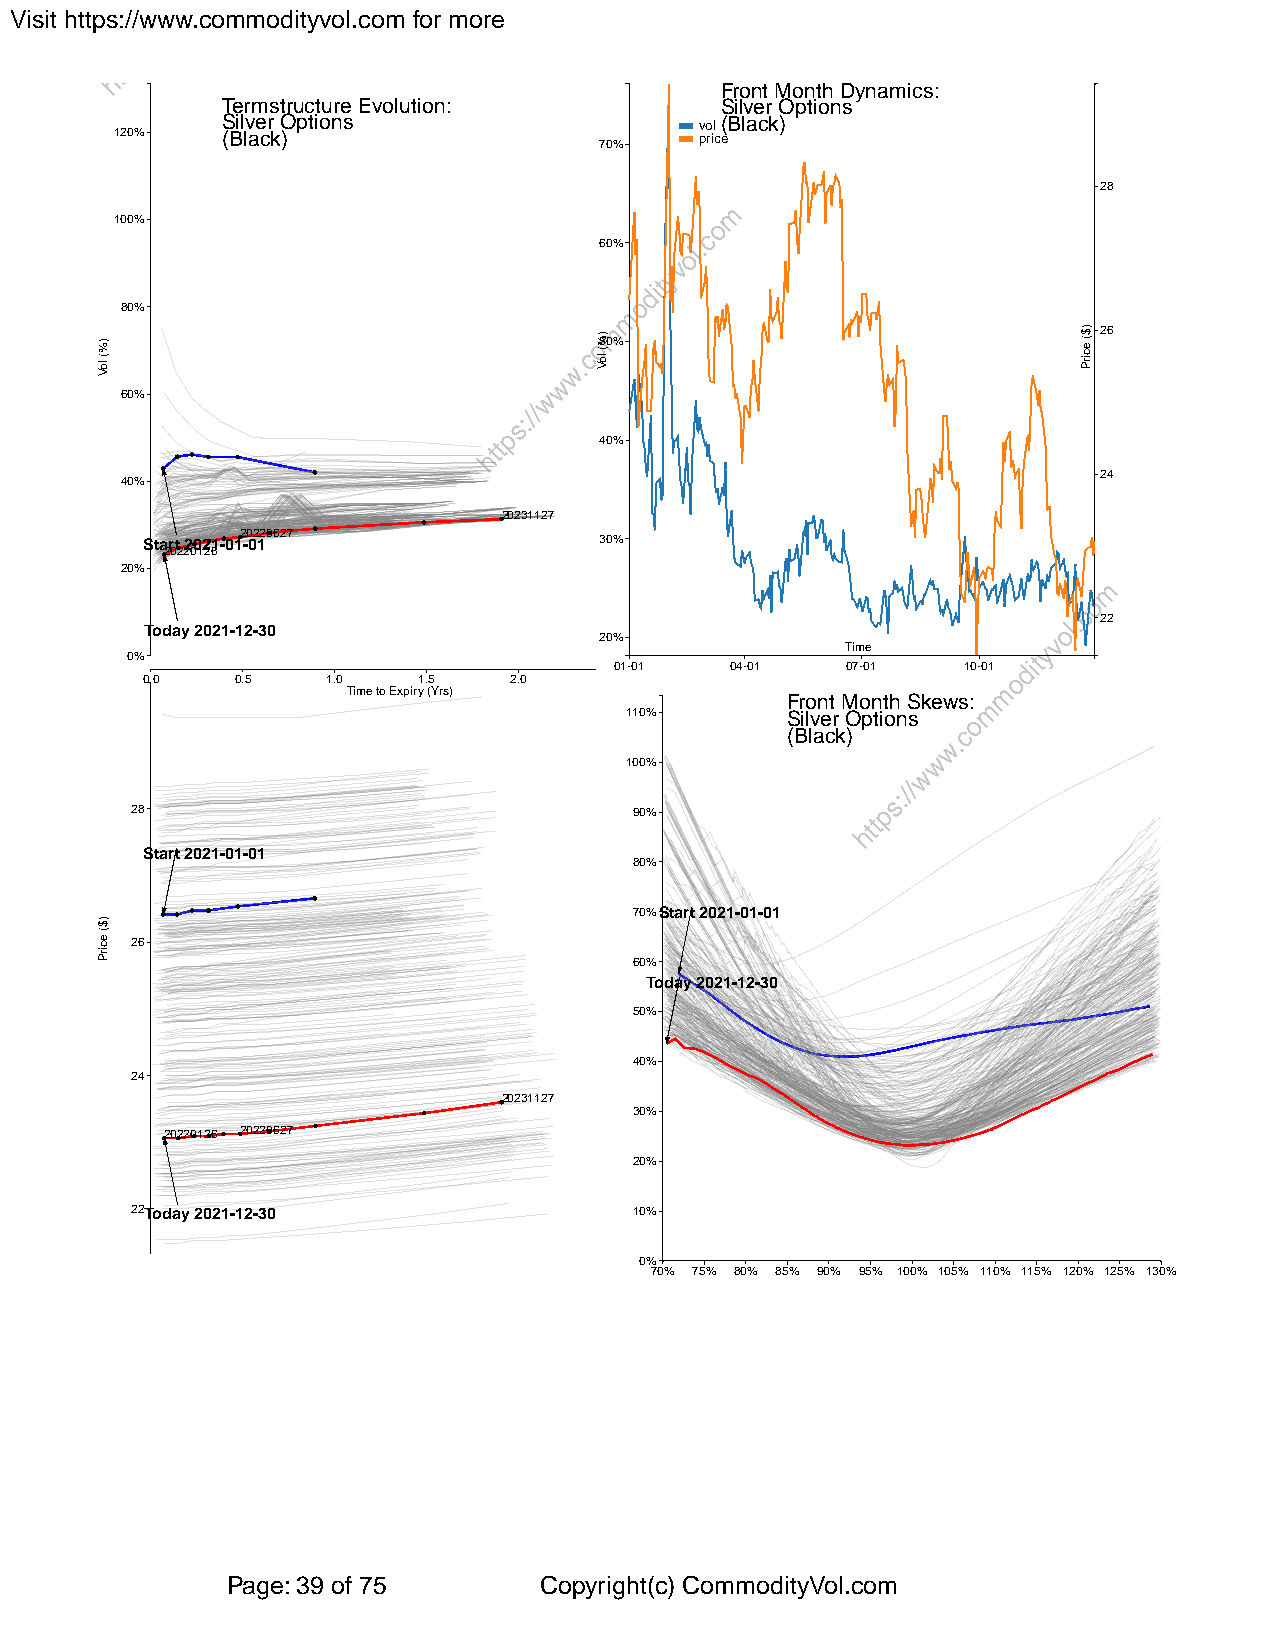
Visit https://www.commodityvol.com for more
 Front Month Dynamics:
 Termstructure Evolution:         Silver Options
 Silver Options                 vol(Black)
 120%   (Black)                  70%   price
 28
 100%
 60%
 80%
 26
 50%
 60%
 40%
 24
 40%
 20231127
 Start 2021-012 -0 02 120627    30%
 20220126
 20%
 22
 Today 2021-12-30
 20%
 Time
 0%
 01-01  04-01   07-01   10-01
 0.0    0.5   1.0   1.5   2.0
 Time to Expiry (Yrs)
 Front Month Skews:
 110%       Silver Options
 (Black)
 100%
 28                               90%
 Start 2021-01-01
 80%
 70%Start 2021-01-01
 26
 60%
 Today 2021-12-30
 50%
 40%
 24
 20231127
 30%
 20220126 20220627
 20%
 22Today 2021-12-30               10%
 0%
 70% 75% 80% 85% 90% 95% 100% 105% 110% 115% 120% 125% 130%
 Page: 39 of 75       Copyright(c) CommodityVol.com
 )%(
 loV
 )$(
 ecirP
 )%(
 loV
 )$(
 ecirP